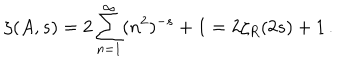
LaTeX: \zeta ( A , s ) = 2 \sum _ { n = 1 } ^ { \infty } ( n ^ { 2 } ) ^ { - s } + 1 = 2 \zeta _ { R } ( 2 s ) + 1 \, .